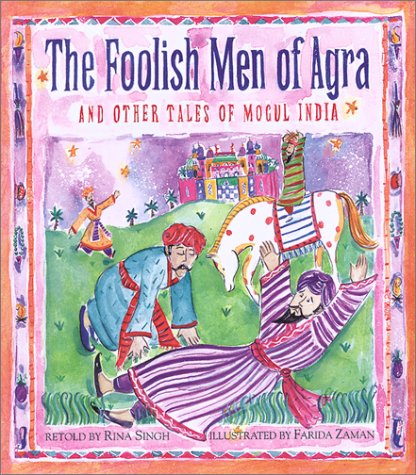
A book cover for The Foolish Men of Agra; Rina Singh; Children's Books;